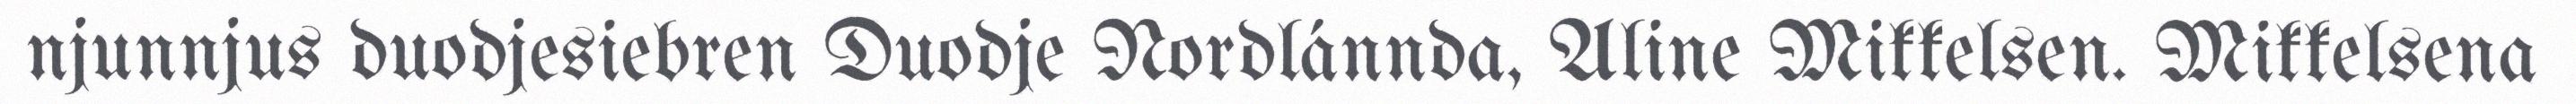
njunnjus duodjesiebren Duodje Nordlánnda, Aline Mikkelsen. Mikkelsena